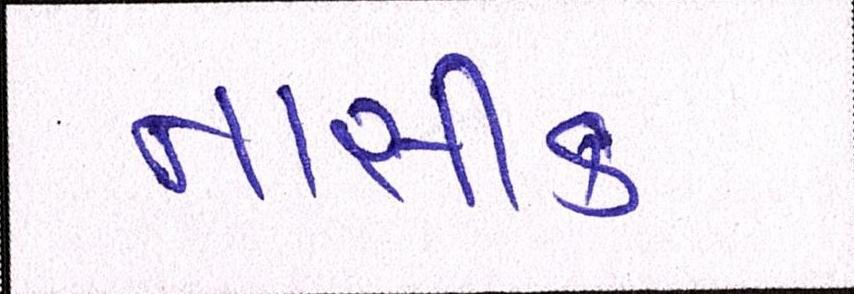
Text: નાસીક